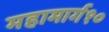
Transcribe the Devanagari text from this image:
महामार्ग१०